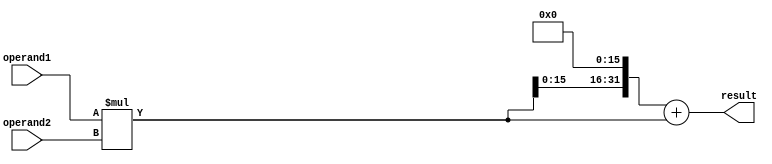
module fixed_point_multiplier (
    input wire [15:0] operand1, // Fixed-point input 1
    input wire [15:0] operand2, // Fixed-point input 2
    output reg [31:0] result // Fixed-point output
);

reg [31:0] multiply_result;
reg [31:0] shifted_result;
reg [31:0] final_result;

// Multiply operation
always @* begin
    multiply_result = operand1 * operand2;
end

// Shift operation
always @* begin
    shifted_result = multiply_result << 16; // Shift left by 16 bits to adjust decimal point
end

// Add operation
always @* begin
    final_result = shifted_result + multiply_result; // Adding the shifted result to the original multiply result
end

assign result = final_result; // Assign final result to output

endmodule